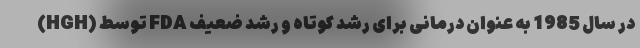
(HGH) توسط FDA در سال 1985 به عنوان درمانی برای رشد کوتاه و رشد ضعیف